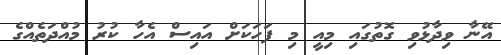
އޭނާ ވިދާޅުވި ގޮތުގައި މިއީ މި ފަހަކަށް އައިސް އެހާ ކުރު މުއްދަތެއްގެ